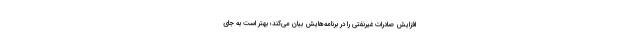
افزایش صادرات غیرنفتی را در برنامه‌هایش بیان می‌کند؛ بهتر است به جای